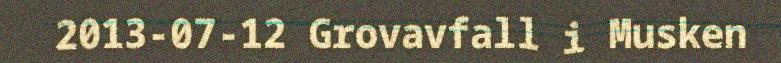
2013-07-12 Grovavfall i Musken